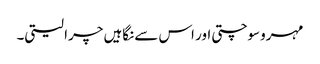
مہرو سوچتی اور اس سے نگاہیں چرا لیتی۔